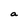
Character: a